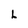
Character: L